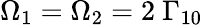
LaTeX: \Omega_{1}=\Omega_{2}=2\ \Gamma_{10}